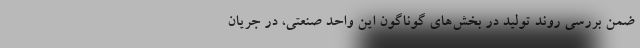
ضمن بررسی روند تولید در بخش‌های گوناگون این واحد صنعتی، در جریان